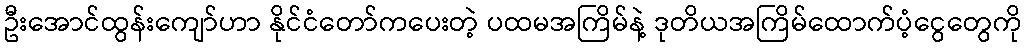
ဦးအောင်ထွန်းကျော်ဟာ နိုင်ငံတော်ကပေးတဲ့ ပထမအကြိမ်နဲ့ ဒုတိယအကြိမ်ထောက်ပံ့ငွေတွေကို